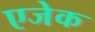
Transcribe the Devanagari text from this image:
एजेक